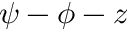
\psi - \phi - z